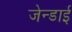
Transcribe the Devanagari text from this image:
जेन्‍डाई